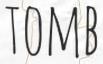
TOMB